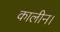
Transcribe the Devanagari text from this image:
कालीन।